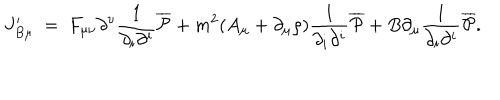
J _ { B \mu } ^ { \prime } ~ = ~ F _ { \mu \nu } \partial ^ { \nu } \frac { 1 } { \partial _ { i } \partial ^ { i } } { \overline { { { \cal P } } } } + m ^ { 2 } ( A _ { \mu } + \partial _ { \mu } \rho ) \frac { 1 } { \partial _ { i } \partial ^ { i } } { \overline { { { \cal P } } } } + B \partial _ { \mu } \frac { 1 } { \partial _ { i } \partial ^ { i } } { \overline { { { \cal P } } } } .